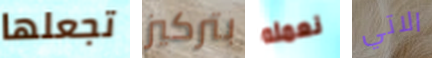
تجعلها بتركيز نعمله الاتي